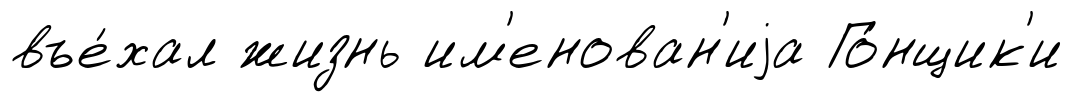
въе́хал жизнь им'енован'иjа Го́нщик'и